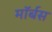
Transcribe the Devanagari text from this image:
मॉर्बस